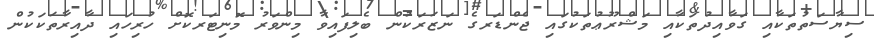
ސިޔާސަތުތަކާއި ގަވާއިދުތަކާއި މަޝްރޫޢުތަކުގައި ޖެންޑަރގެ ނަޒަރަކުން ބެލިފައިވާ މިންވަރު މޮނިޓަރކޮށް ހުރިހައި ދާއިރާތަކަކުން